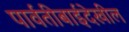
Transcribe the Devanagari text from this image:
पार्वतीबाईदेखील